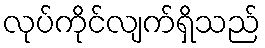
လုပ်ကိုင်လျက်ရှိသည်